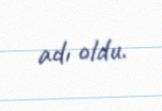
adı oldu.